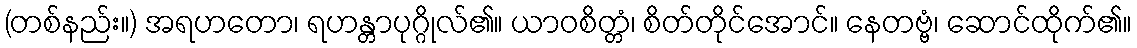
(တစ်နည်း။) အရဟတော၊ ရဟန္တာပုဂ္ဂိုလ်၏။ ယာဝစိတ္တံ၊ စိတ်တိုင်အောင်။ နေတဗ္ဗံ၊ ဆောင်ထိုက်၏။